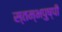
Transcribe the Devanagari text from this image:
स्तम्भपुष्पी